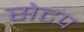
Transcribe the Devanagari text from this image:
सेटप